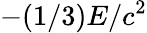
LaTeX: -(1/3)E/c^{2}